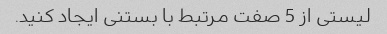
لیستی از 5 صفت مرتبط با بستنی ایجاد کنید.